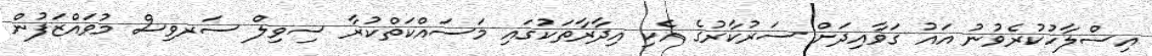
އިސްލާހުކުރެވުނު އައު ގަވާއިދަށް ސަރުކާރުގެ އެކި އިދާރާތަކުގައި މަސައްކަތްކުރާ ސިވިލް ސަރވިސް މުވައްޒަފުން